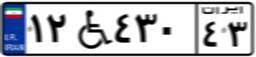
۱۲W۴۳۰۴۳